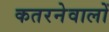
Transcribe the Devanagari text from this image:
कतरनेवालों